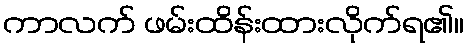
ကာလက် ဖမ်းထိန်းထားလိုက်ရ၏။